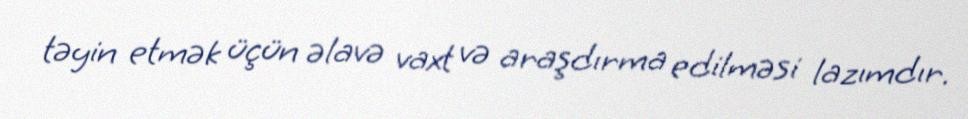
təyin etmək üçün əlavə vaxt və araşdırma edilməsi lazımdır.